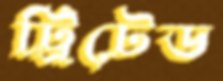
ট্রিটেড